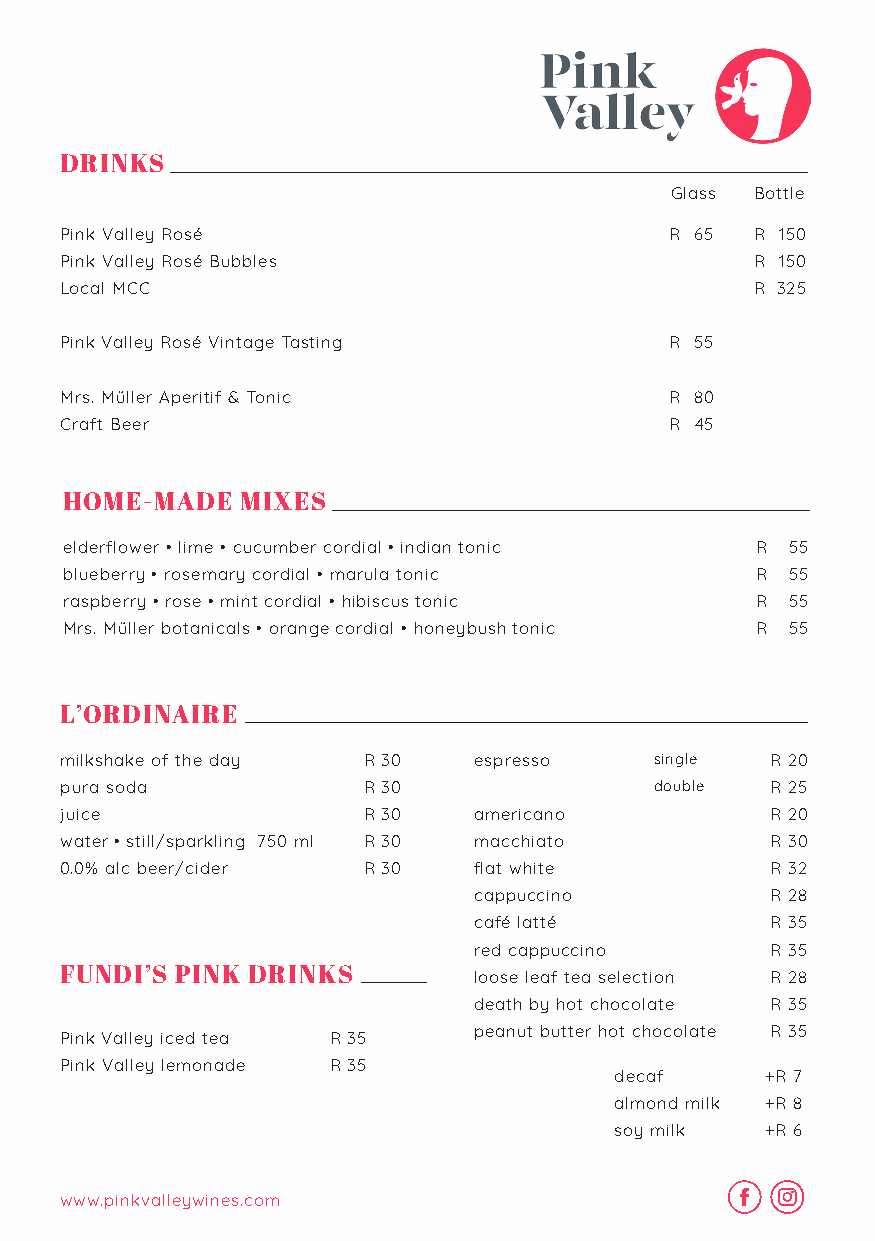
DRINKS
 Glass Bottle
 Pink Valley Rosé                        R 65  R 150
 Pink Valley Rosé Bubbles                      R 150
 Local MCC                                     R 325
 Pink Valley Rosé Vintage Tasting        R 55
 Mrs. Müller Aperitif & Tonic            R 80
 Craft Beer                              R 45
 HOME-MADE   MIXES
 elderflower • lime • cucumber cordial • indian tonic R 55
 blueberry • rosemary cordial • marula tonic   R 55
 raspberry • rose • mint cordial • hibiscus tonic R 55
 Mrs. Müller botanicals • orange cordial • honeybush tonic R 55
 L’ORDINAIRE
 milkshake of the day R 30  espresso    single  R 20
 pura soda           R 30               d ouble R 25
 juice               R 30   americano           R 20
 water • still/sparkling 750 ml R 30 macchiato  R 30
 0.0% alc beer/cider R 30   flat white          R 32
 cappuccino          R 28
 café latté          R 35
 red cappuccino      R 35
 FUNDI’S PINK DRINKS        loose leaf tea selection R 28
 death by hot chocolate R 35
 peanut butter hot chocolate R 35
 Pink Valley iced tea R 35
 Pink Valley lemonade R 35
 decaf     +R 7
 almond milk +R 8
 soy milk  +R 6
 www.pinkvalleywines.com